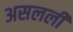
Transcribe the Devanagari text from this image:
असलली